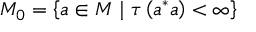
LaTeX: M _ { 0 } = \left\{ a \in M \mid \tau \left( a ^ { * } a \right) < \infty \right\}